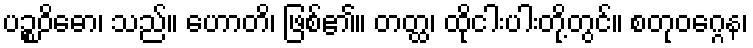
ပဉ္စဝိဓော၊ သည်။ ဟောတိ၊ ဖြစ်၏။ တတ္ထ၊ ထိုငါးပါးတို့တွင်။ စတုဝဂ္ဂေန၊